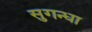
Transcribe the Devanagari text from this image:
सुगन्धा